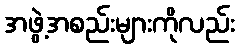
အဖွဲ့အစည်းများကိုလည်း